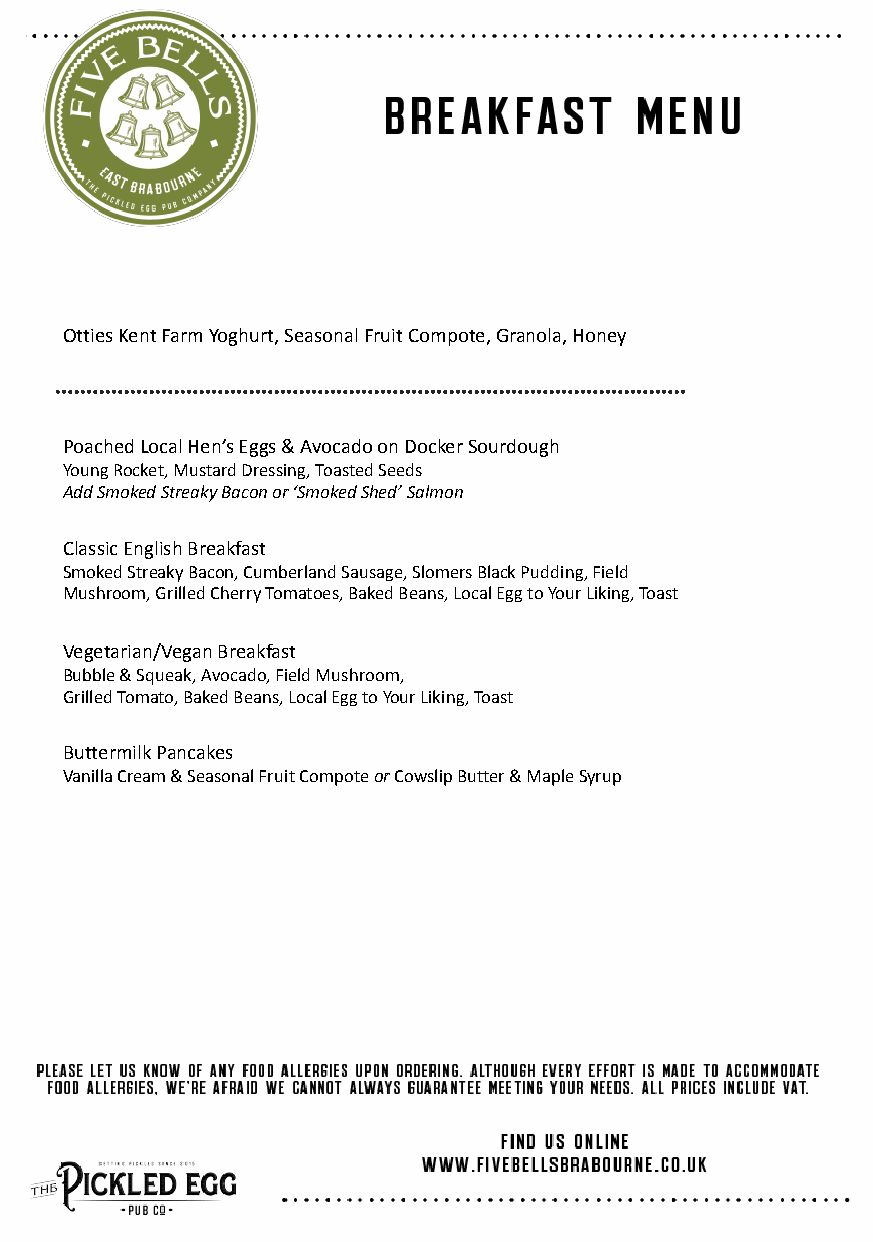
Otties Kent Farm Yoghurt, Seasonal Fruit Compote, Granola, Honey
 Poached Local Hen’s Eggs & Avocado on Docker Sourdough
 Young Rocket, Mustard Dressing, Toasted Seeds
 Add Smoked Streaky Bacon or ‘Smoked Shed’ Salmon
 Classic English Breakfast
 Smoked Streaky Bacon, Cumberland Sausage, Slomers Black Pudding, Field
 Mushroom, Grilled Cherry Tomatoes, Baked Beans, Local Egg to Your Liking, Toast
 Vegetarian/Vegan Breakfast
 Bubble & Squeak, Avocado, Field Mushroom,
 Grilled Tomato, Baked Beans, Local Egg to Your Liking, Toast
 Buttermilk Pancakes
 Vanilla Cream & Seasonal Fruit CompoteorCowslipButter & Maple Syrup